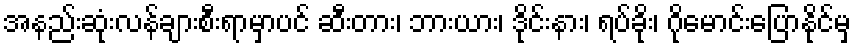
အနည်းဆုံးလန်ချားစီးရာမှာပင် ဆီးတား၊ ဘားယား၊ ဒိုင်းနား၊ ရပ်ခိုး၊ ဂိုမောင်းပြောနိုင်မှ